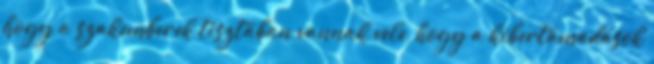
hogy a szakemberek tisztában vannak vele, hogy a kibertámadások